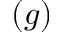
( g )